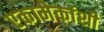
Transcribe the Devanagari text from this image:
एकामेकांशी